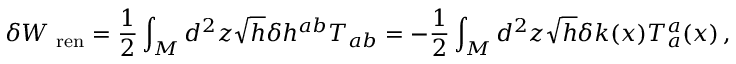
\delta W _ { { \mathrm { \scriptsize ~ { r e n } } } } = \frac { 1 } { 2 } \int _ { \cal M } d ^ { 2 } z \sqrt { h } \delta h ^ { a b } T _ { a b } = - \frac { 1 } { 2 } \int _ { \cal M } d ^ { 2 } z \sqrt { h } \delta k ( x ) T _ { a } ^ { a } ( x ) \, ,